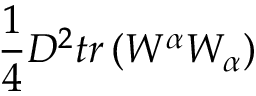
\frac { 1 } { 4 } D ^ { 2 } t r \left( W ^ { \alpha } W _ { \alpha } \right)